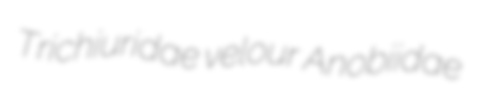
Trichiuridae velour Anobiidae